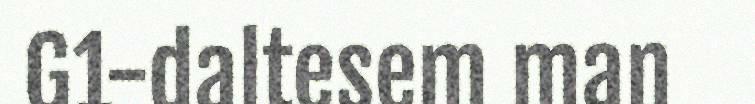
G1-daltesem man